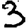
Digit: 3